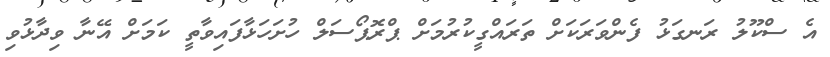
އެ ސްކޫލު ރަނގަޅު ފެންވަރަކަށް ތަރައްގީކުރުމަށް ޕްރޮޕޯސަލް ހުށަހަޅާފައިވާތީ ކަމަށް އޭނާ ވިދާޅުވި